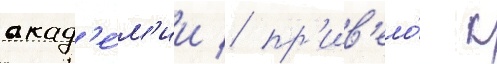
акад'е́м'ии / пр'ив'ело́ к